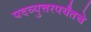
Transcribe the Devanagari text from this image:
पदव्युत्तरपर्यंतचे